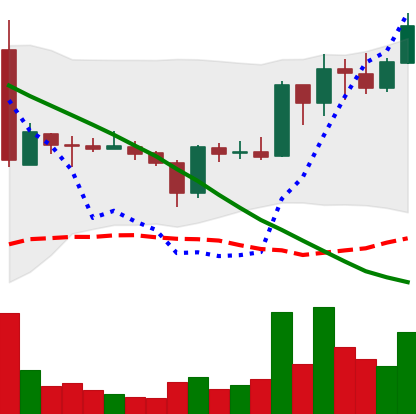
Ticker: ADA-USD
Chart end date: 2019-03-15
Forward return: 7.616%
Label: up_7plus